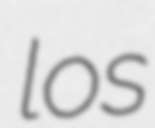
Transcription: los